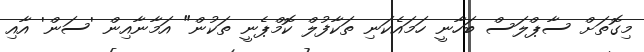
މިގޮތަށް ސާޕްލަސް ބަހާނީ ހަަމައެކަނި ތަކާފުލް ކޮމްޕެނީ ތަކުން" އަމާނާއިން 'ސަން' އާއި